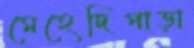
মেহেদিপাড়া